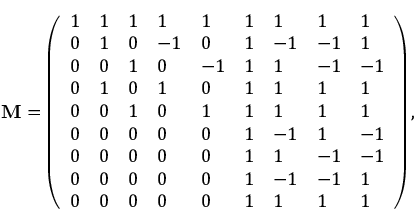
\mathbf { M } = \left( \begin{array} { l l l l l l l l l } { 1 } & { 1 } & { 1 } & { 1 } & { 1 } & { 1 } & { 1 } & { 1 } & { 1 } \\ { 0 } & { 1 } & { 0 } & { - 1 } & { 0 } & { 1 } & { - 1 } & { - 1 } & { 1 } \\ { 0 } & { 0 } & { 1 } & { 0 } & { - 1 } & { 1 } & { 1 } & { - 1 } & { - 1 } \\ { 0 } & { 1 } & { 0 } & { 1 } & { 0 } & { 1 } & { 1 } & { 1 } & { 1 } \\ { 0 } & { 0 } & { 1 } & { 0 } & { 1 } & { 1 } & { 1 } & { 1 } & { 1 } \\ { 0 } & { 0 } & { 0 } & { 0 } & { 0 } & { 1 } & { - 1 } & { 1 } & { - 1 } \\ { 0 } & { 0 } & { 0 } & { 0 } & { 0 } & { 1 } & { 1 } & { - 1 } & { - 1 } \\ { 0 } & { 0 } & { 0 } & { 0 } & { 0 } & { 1 } & { - 1 } & { - 1 } & { 1 } \\ { 0 } & { 0 } & { 0 } & { 0 } & { 0 } & { 1 } & { 1 } & { 1 } & { 1 } \end{array} \right) ,